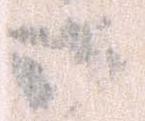
御